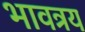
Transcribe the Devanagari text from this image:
भावत्रय